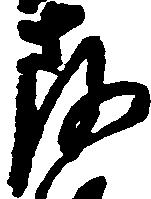
存